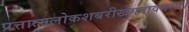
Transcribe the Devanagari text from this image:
प्रत्तात्मलोकशबरीखगपावनस्य।